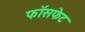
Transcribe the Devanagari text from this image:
फॉसफेट